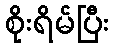
စိုးရိမ်ပြီး